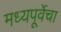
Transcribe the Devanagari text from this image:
मध्यपूर्वेचा